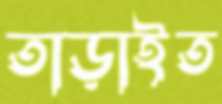
তাড়াইত